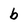
Character: b